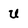
Character: U